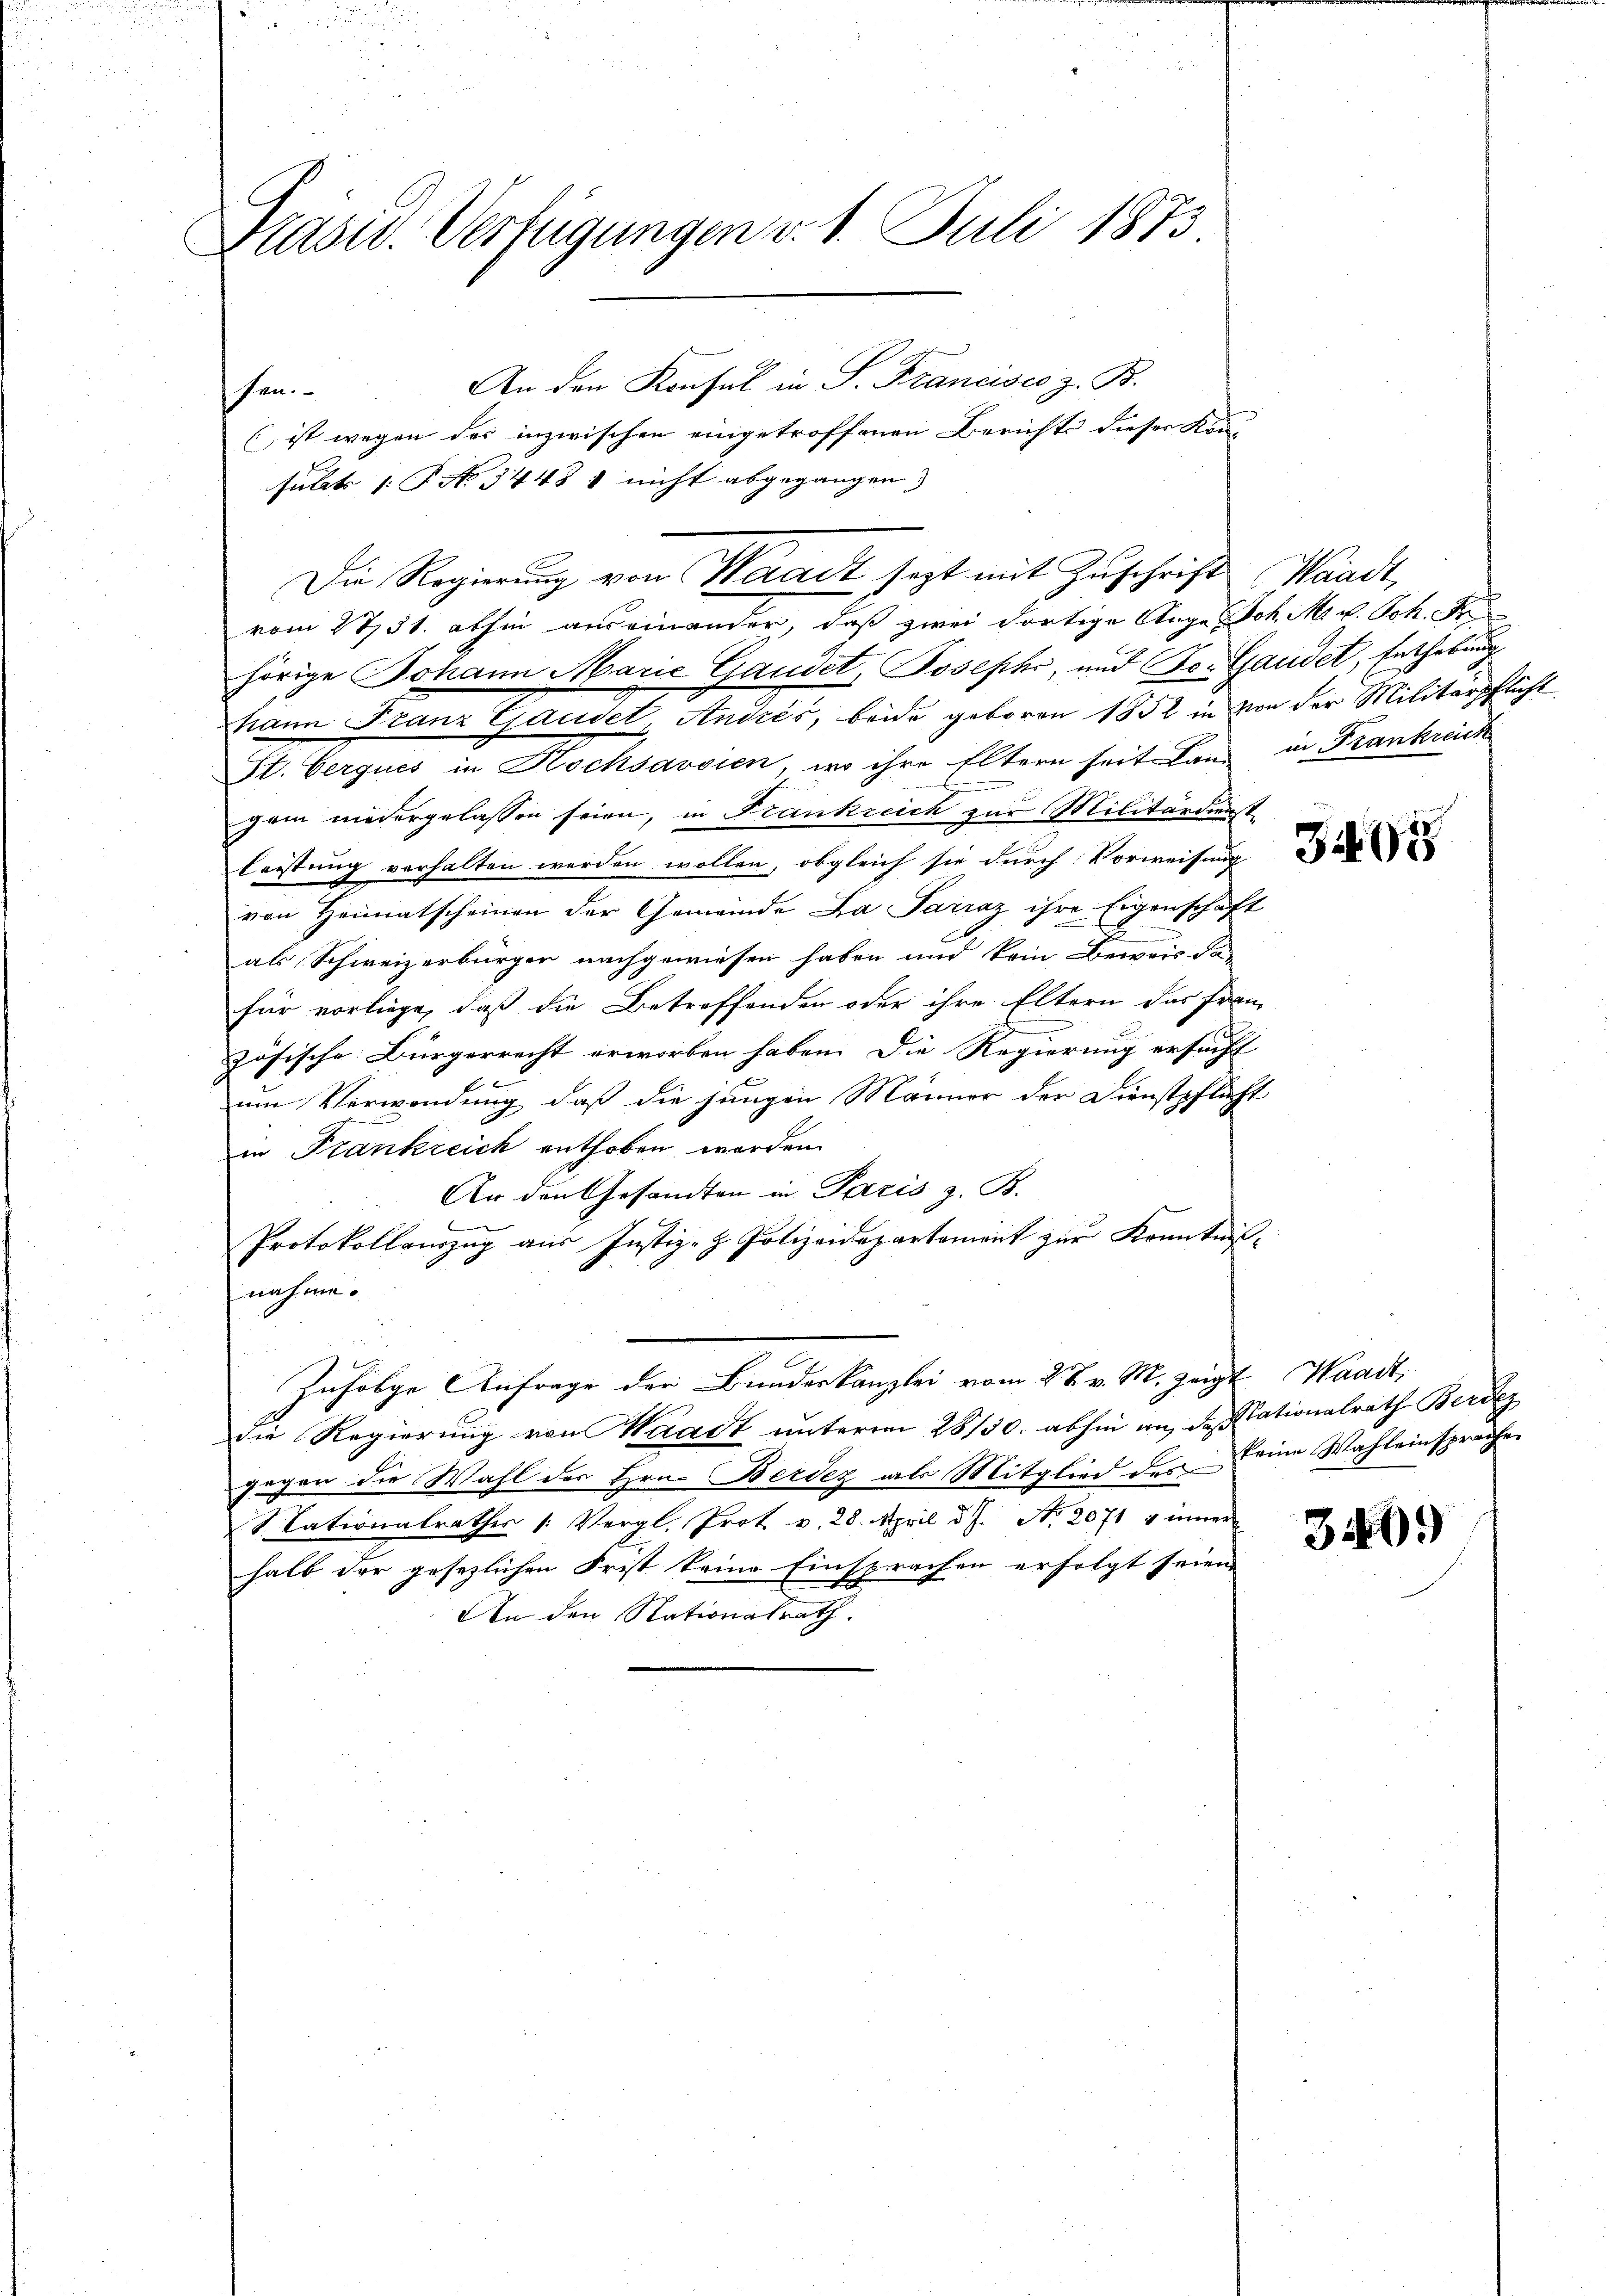
rasid. Verfügungen v. 1. Juli 1873

(ist wegen des inzwischen eingetroffenen Berichts dieser Kin-
sulats P. Nr. 34481 nicht abgegangen.
vom 2731. abhin auseinander, daß zwei dortige Auge Joh. M. v. Joh. Ar
hörige Johann Marie Gandet, Josephi, und Tor Gaudel, Enthebung
hann Franz Grandet Andres, beide geboren 1852 in von der Militärpflicht
St. Gerques in Hochsavsien, wo ihre Eltern seit Land in Frankreich
gen niedergelassen seien, in Frankreich zur Militärdienst
leistung verhalten werden wollen, obgleich sie durch Vorweisung
von Heimatscheinen der Gemeinde La Parraz ihre Eigenschaft
als Schweizerbürger nachgewiesen haben und kein Beweis da-
für vorliege, daß die Betreffenden oder ihre Eltern das fran-
zösische Bürgerrecht erworben haben. Die Regierung ersucht
um Verwendung, daß die jungen Männer der Dienstpflicht
in Frankreich enthoben werden.
An den Gesandten in Paris z. B.
n
Protokollauszug aus Justiz- & Polizeidepartement zur Kenntnis-
nahme.
Zufolge Anfrage der Bundeskanzlei vom 27. v. M. zeigt Waadt,
die Regierung von Waadt ŭnterm 28/30. abhin an des Stationalrath Berdez
gegen die Wahl der Hrn. Berdez als Mitglied des keine Wahleinsprache
1. Tationalrathes /: Vergl. Prot v. 28. April d. J. No. 2071 & inner
halb der gesezlichen Frist keine Einsprachen erfolgt seien.
An den Nationalrath.

sen.

An den Konsul in S. Francisco z. B.

Die Regierung von Waadt sezt mit Zuschrift Waadt,

3405

30.)